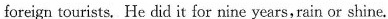
foreign tourists, He did it for nine years,rain or shine.